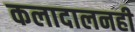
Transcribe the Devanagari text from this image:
कलादालनही